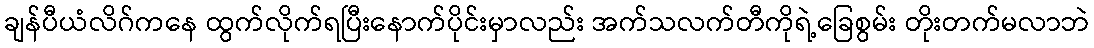
ချန်ပီယံလိဂ်ကနေ ထွက်လိုက်ရပြီးနောက်ပိုင်းမှာလည်း အက်သလက်တီကိုရဲ့ခြေစွမ်း တိုးတက်မလာဘဲ